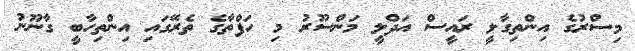
މިސްރުގެ އިންތިގާލީ ރައީސް އަދްލީ މަންސޫރު މި ހަފްތާގެ ތެރޭގައި އިންތިހާބީ ގާނޫނު